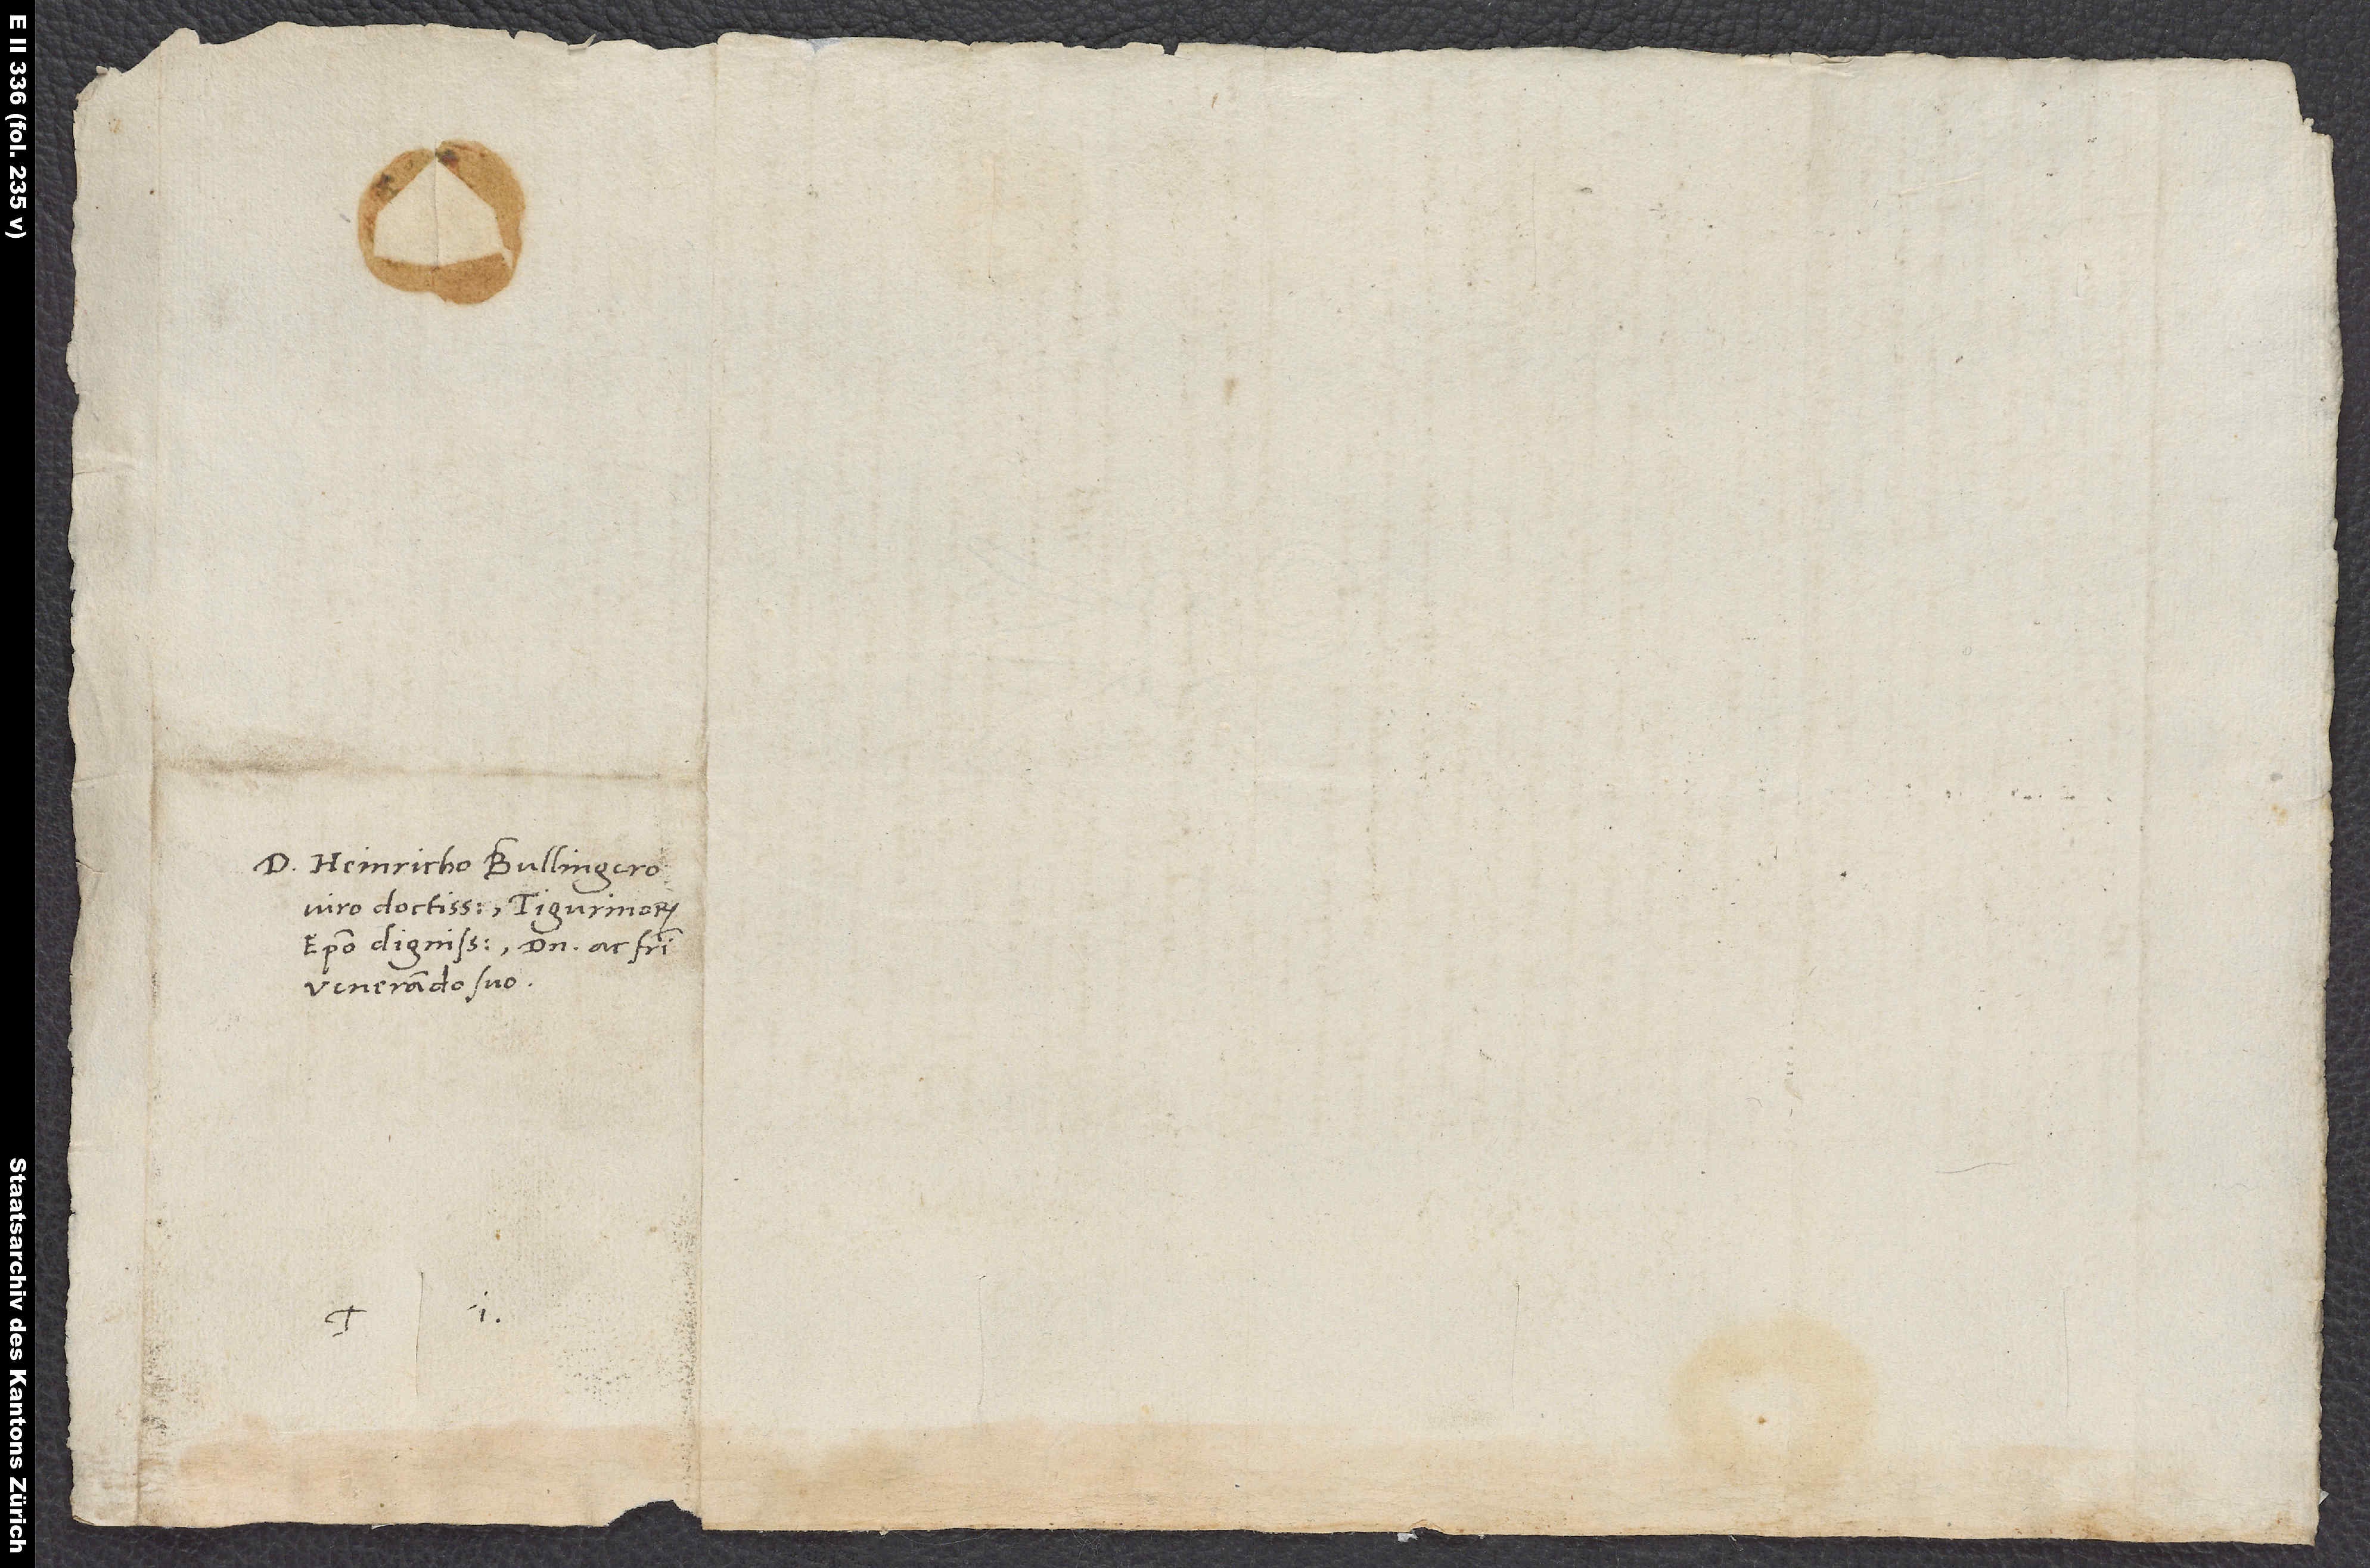
D. Heinricho Bullingero,
viro doctissimo, Tigurinorum
episcopo dignissimo, domino ac fratri
venerando suo.
S.